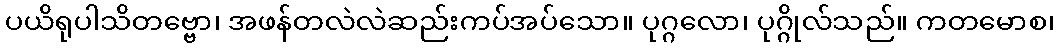
ပယိရုပါသိတဗ္ဗော၊ အဖန်တလဲလဲဆည်းကပ်အပ်သော။ ပုဂ္ဂလော၊ ပုဂ္ဂိုလ်သည်။ ကတမောစ၊